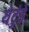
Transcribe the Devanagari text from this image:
येटुंडे